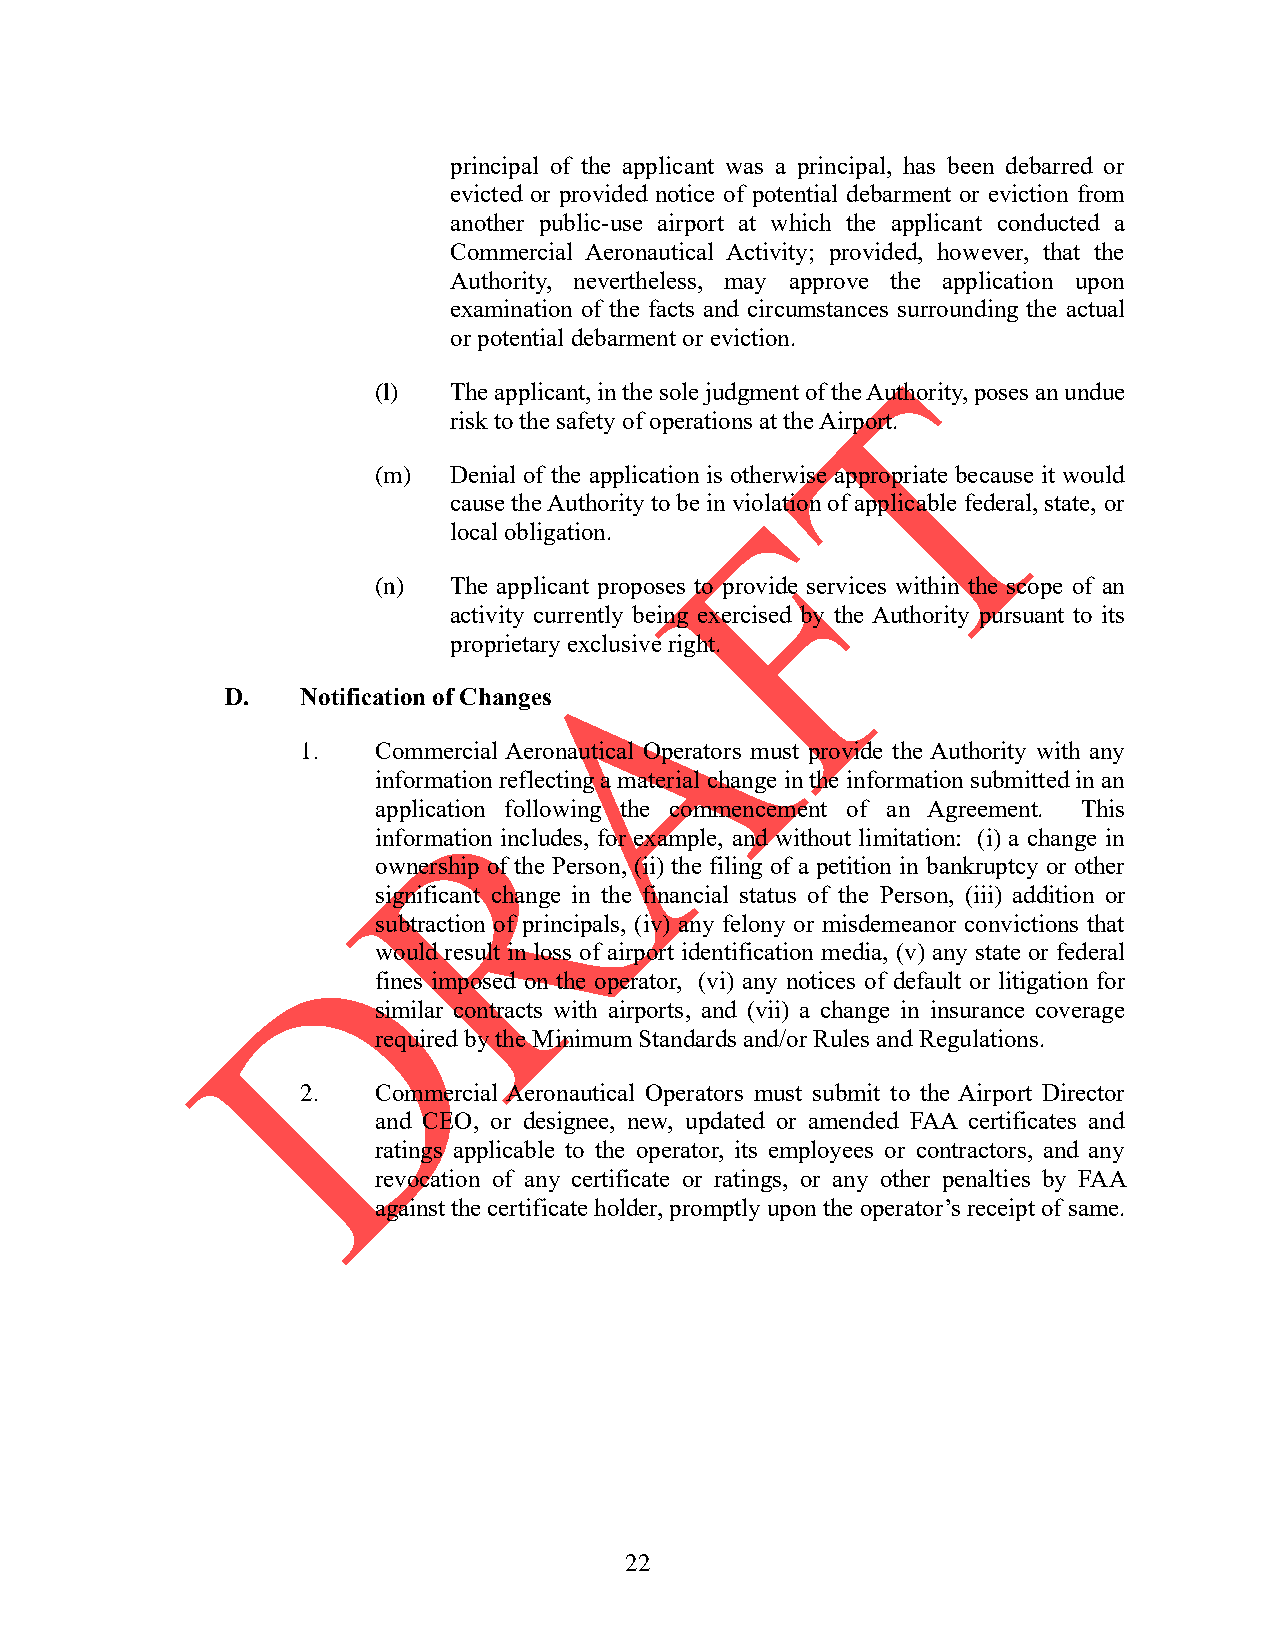
principal of the applicant was a principal, has been debarred or
 evicted or provided notice of potential debarment or eviction from
 another public-use airport at which the applicant conducted a
 Commercial Aeronautical Activity; provided, however, that the
 Authority, nevertheless, may approve the application upon
 examination of the facts and circumstances surrounding the actual
 or potential debarment or eviction.
 (l)  The applicant, in the sole judgment of the Authority, poses an undue
 risk to the safety of operations at the Airport.
 (m)  Denial of the application is otherwise appropriate because it would
 cause the Authority to be in violation of applicable federal, state, or
 local obligation.
 (n)  The applicant proposes to provide services within the scope of an
 activity currently being exercised by the Authority pursuant to its
 proprietary exclusive right.
 D.   Notification of Changes
 1.   Commercial Aeronautical Operators must provide the Authority with any
 information reflecting a material change in the information submitted in an
 application following the commencement of an Agreement. This
 information includes, for example, and without limitation: (i) a change in
 ownership of the Person, (ii) the filing of a petition in bankruptcy or other
 significant change in the financial status of the Person, (iii) addition or
 subtraction of principals, (iv) any felony or misdemeanor convictions that
 would result in loss of airport identification media, (v) any state or federal
 fines imposed on the operator, (vi) any notices of default or litigation for
 similar contracts with airports, and (vii) a change in insurance coverage
 required by the Minimum Standards and/or Rules and Regulations.
 2.   Commercial Aeronautical Operators must submit to the Airport Director
 and CEO, or designee, new, updated or amended FAA certificates and
 ratings applicable to the operator, its employees or contractors, and any
 revocation of any certificate or ratings, or any other penalties by FAA
 against the certificate holder, promptly upon the operator’s receipt of same.
 22